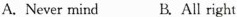
A. Never mind B. All right